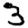
Digit: 3